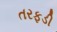
તરફડી